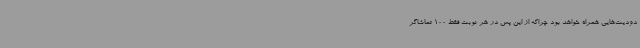
دودیت‌هایی همراه خواهد بود چراکه از این پس در هر نوبت فقط 100 تماشاگر